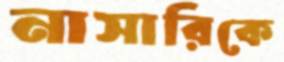
নাসারিকে